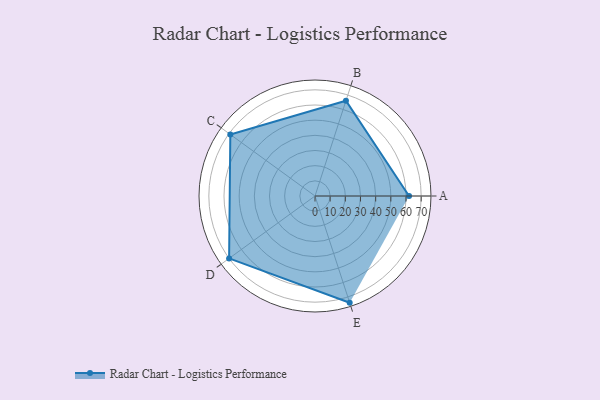
{"axis": {"x": "Skill", "y": "Score"}, "legend": ["Profile"], "data": [{"x": "A", "y": 62.0, "type": "Profile"}, {"x": "B", "y": 66.0, "type": "Profile"}, {"x": "C", "y": 69.0, "type": "Profile"}, {"x": "D", "y": 70.0, "type": "Profile"}, {"x": "E", "y": 74.0, "type": "Profile"}]}